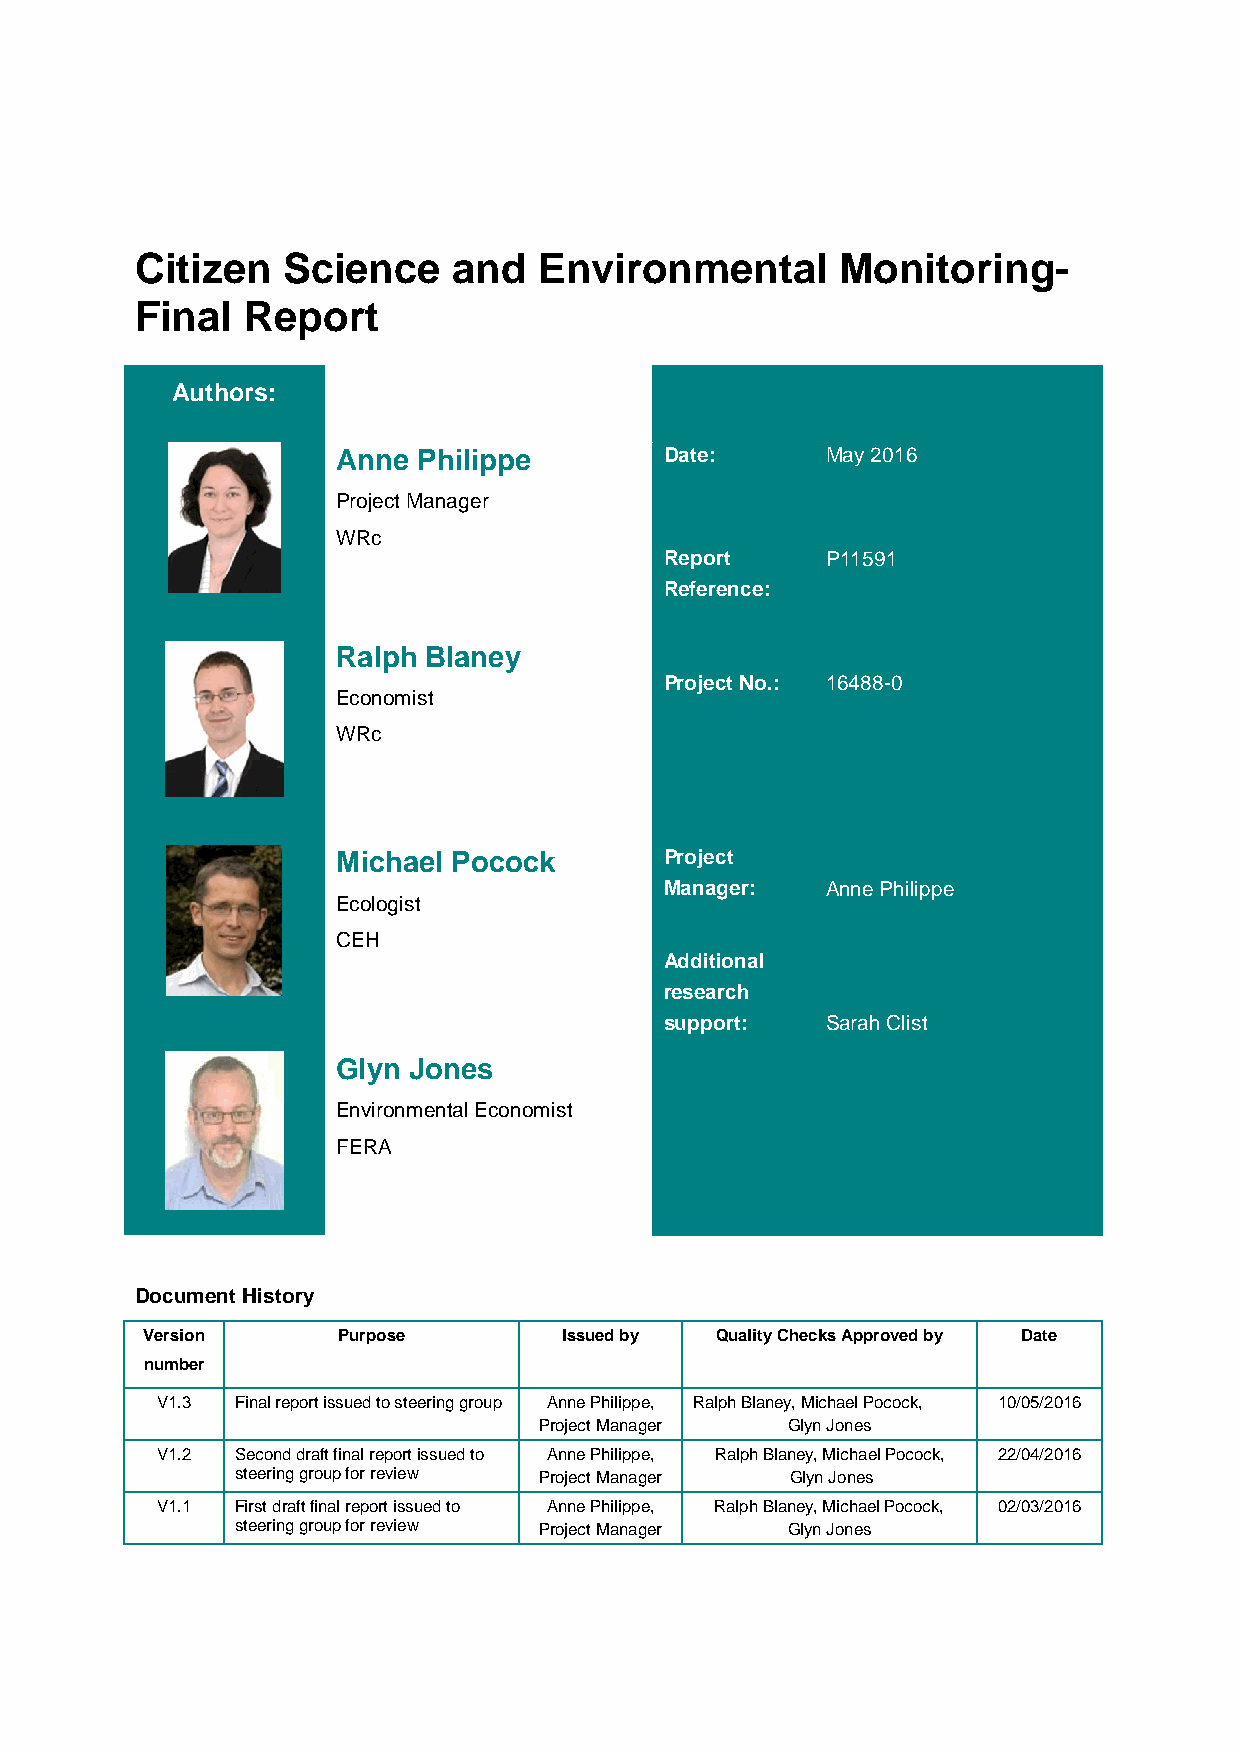
Citizen   Science    and   Environmental       Monitoring-
 Final  Report
 Authors:
 Anne  Philippe        Date:      May 2016
 Project Manager
 WRc
 Report     P11591
 Reference:
 Ralph Blaney
 Project No.: 16488-0
 Economist
 WRc
 Michael Pocock        Project
 Manager:   Anne Philippe
 Ecologist
 CEH
 Additional
 research
 support:   Sarah Clist
 Glyn Jones
 Environmental Economist
 FERA
 Document History
 Version      Purpose        Issued by Quality Checks Approved by Date
 number
 V1.3  Final report issued to steering group Anne Philippe, Ralph Blaney, Michael Pocock, 10/05/2016
 Project Manager Glyn Jones
 V1.2  Second draft final report issued to Anne Philippe, Ralph Blaney, Michael Pocock, 22/04/2016
 steering group for review Project Manager Glyn Jones
 V1.1  First draft final report issued to Anne Philippe, Ralph Blaney, Michael Pocock, 02/03/2016
 steering group for review Project Manager Glyn Jones